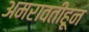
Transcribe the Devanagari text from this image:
अमरावतीहून